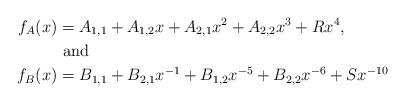
LaTeX: \begin{align*} f_A(x)&=A_{1,1} + A_{1,2}x + A_{2,1}x^2+ A_{2,2}x^3 + R x^4,\\ &\mbox{ and } \\ f_B(x)&=B_{1,1} + B_{2,1}x^{-1} + B_{1,2}x^{-5}+ B_{2,2}x^{-6} + S x^{-10}\end{align*}